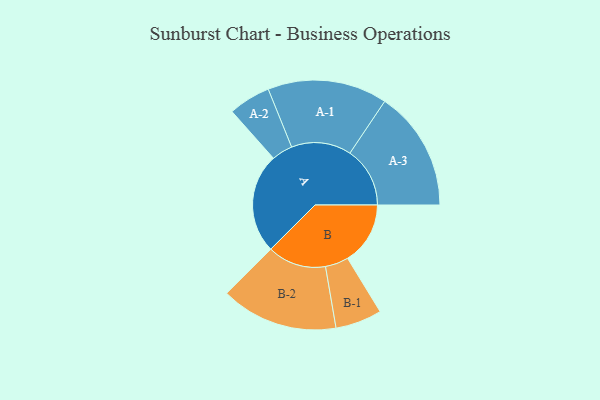
{"axis": {"x": "Segment", "y": "Value"}, "legend": ["", "A", "B"], "data": [{"x": "A", "y": 494, "type": ""}, {"x": "B", "y": 310, "type": ""}, {"x": "A-1", "y": 296, "type": "A"}, {"x": "A-2", "y": 104, "type": "A"}, {"x": "A-3", "y": 297, "type": "A"}, {"x": "B-1", "y": 115, "type": "B"}, {"x": "B-2", "y": 290, "type": "B"}]}